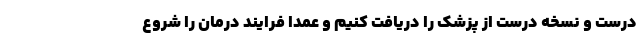
درست و نسخه درست از پزشک را دریافت کنیم و عمداً فرایند درمان را شروع